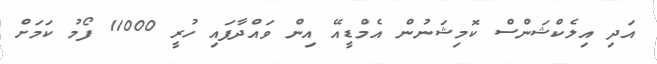
އަދި އިލެކްޝަންސް ކޮމިޝަނުން އެމްޑީއޭ އިން ވައްދާފައި ހުރީ 11000 ފޯމު ކަމަށް